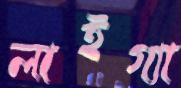
লাইগ্যা